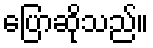
ပြောဆိုသည်။